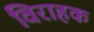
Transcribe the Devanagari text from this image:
विराहक